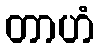
တာဟံ